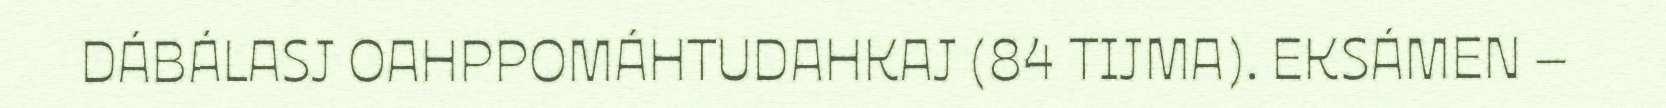
DÁBÁLASJ OAHPPOMÁHTUDAHKAJ (84 TIJMA). EKSÁMEN –